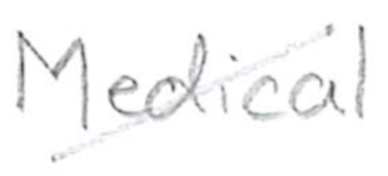
Text: Medical
Cross-out: diagonal
Writing tool: pencil